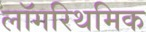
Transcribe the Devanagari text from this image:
लॉगरिथमिक